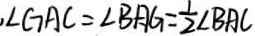
\angle G A C = \angle B A G = \frac { 1 } { 2 } \angle B A C